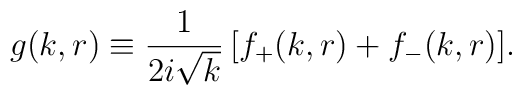
g(k,r)\equiv {1\over 2i\sqrt{k}}\,[f_{+}(k,r)+f_{-}(k,r)].